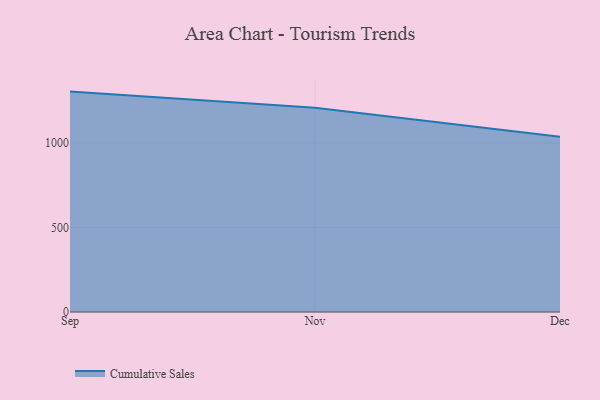
{"axis": {"x": "Month", "y": "Active Users"}, "legend": ["Cumulative Sales"], "data": [{"x": "Sep", "y": 1303.7, "type": "Cumulative Sales"}, {"x": "Nov", "y": 1207.5, "type": "Cumulative Sales"}, {"x": "Dec", "y": 1036.7, "type": "Cumulative Sales"}]}